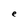
Character: e